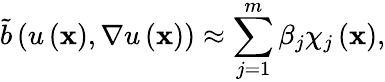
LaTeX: \widetilde{b}\left(u\left(\mathbf{x}\right),\nabla u\left(\mathbf{x}\right)\right)\approx\sum_{j=1}^{m}\beta_{j}\chi_{j}\left(\mathbf{x}\right),